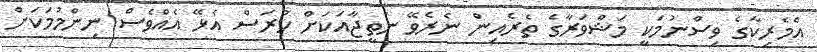
އެމެރިކާގެ ވިސްނުމަކީ މަޝްވަރާގެ ތެރެއިން ނެރެވޭ ނަތީޖާއަކަށް ހުރަސް އެޅޭ އެއްވެސް ނިންމުމަކަށް